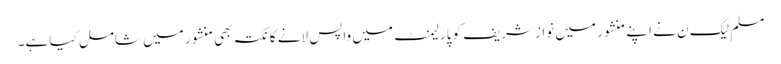
مسلم لیگ ن نے اپنے منشور میں نوازشریف کو پارلیمنٹ میں واپس لانے کا نکتہ بھی منشور میں شامل کیا ہے۔